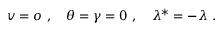
v = o \ , \quad \theta = \gamma = 0 \ , \quad \lambda ^ { * } = - \lambda \ .